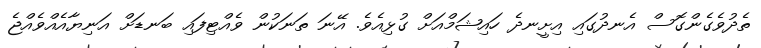
ތެދުވެގެންގޮސް އެނދުގައި އިށީނދެ ހައިޝަމްއަށް ގުޅިއެވެ. އޭނަ ތަނަކުން ވެއްޓިފައި ބަނޑަށް އަނިޔާއެއްވެއްޖެ